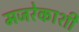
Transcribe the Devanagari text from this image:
मजरेकाशी